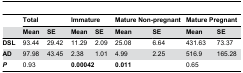
<table><thead><tr><td></td><td colspan="2"><b>Total</b></td><td colspan="2"><b>Immature</b></td><td colspan="2"><b>Mature Non-pregnant</b></td><td colspan="2"><b>Mature Pregnant</b></td></tr><tr><td></td><td><b>Mean</b></td><td><b>SE</b></td><td><b>Mean</b></td><td><b>SE</b></td><td><b>Mean</b></td><td><b>SE</b></td><td><b>Mean</b></td><td><b>SE</b></td></tr></thead><tbody><tr><td><b>DSL</b></td><td>93.44</td><td>29.42</td><td>11.29</td><td>2.09</td><td>25.08</td><td>6.64</td><td>431.63</td><td>73.37</td></tr><tr><td><b>AD</b></td><td>97.98</td><td>43.45</td><td>2.38</td><td>1.01</td><td>4.99</td><td>2.25</td><td>516.9</td><td>165.28</td></tr><tr><td><b><i>P</i></b></td><td colspan="2">0.93</td><td colspan="2"><b>0.00042</b></td><td colspan="2"><b>0.011</b></td><td colspan="2">0.65</td></tr></tbody></table>